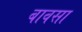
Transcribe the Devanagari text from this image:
बावसा